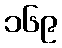
၁၆၉